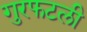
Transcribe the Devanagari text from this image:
गुरफटली